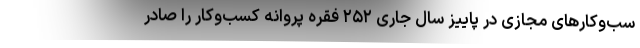
سب‌وکارهای مجازی در پاییز سال جاری ۲۵۲ فقره پروانه کسب‌وکار را صادر